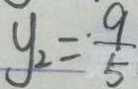
y _ { 2 } = \frac { 9 } { 5 }